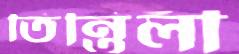
তিন্তিলী